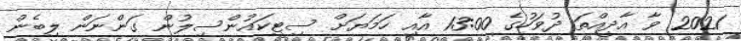
2021 ވާ އާދީއްތަ ދުވަހުގެ 13:00 އާއި ހަމަޔަށް ސިޓީކައުންސިލުން ގަންނަން ލިބެން